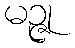
မဉ္ဇု